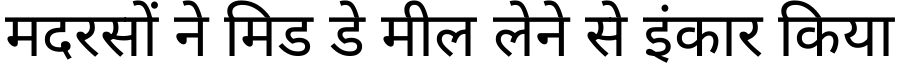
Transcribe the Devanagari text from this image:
मदरसों ने मिड डे मील लेने से इंकार किया